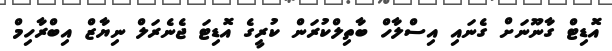
އޮޑިޓް ގާނޫނަށް ގެނައި އިސްލާހް ބާތިލްކުރަން ކުރީގެ އޮޑިޓަ ޖެނެރަލް ނިޔާޒް އިބްރާހިމް